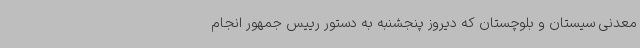
معدنی سیستان و بلوچستان که دیروز پنجشنبه به دستور رییس جمهور انجام